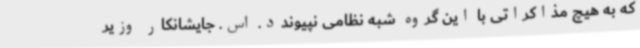
که به هیچ مذاکراتی با این گروه شبه نظامی نپیوندد. اس. جایشانکار وزیر